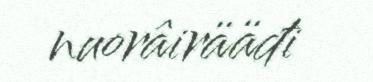
nuorâirääđi